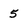
Character: 5